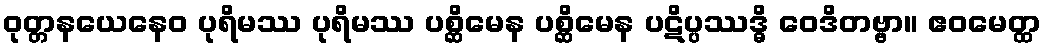
ဝုတ္တနယေနေဝ ပုရိမဿ ပုရိမဿ ပစ္ဆိမေန ပစ္ဆိမေန ပဋိပ္ပဿဒ္ဓိ ဝေဒိတဗ္ဗာ။ ဧဝမေတ္ထ